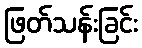
ဖြတ်သန်းခြင်း